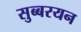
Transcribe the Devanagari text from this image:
सुब्बरयन